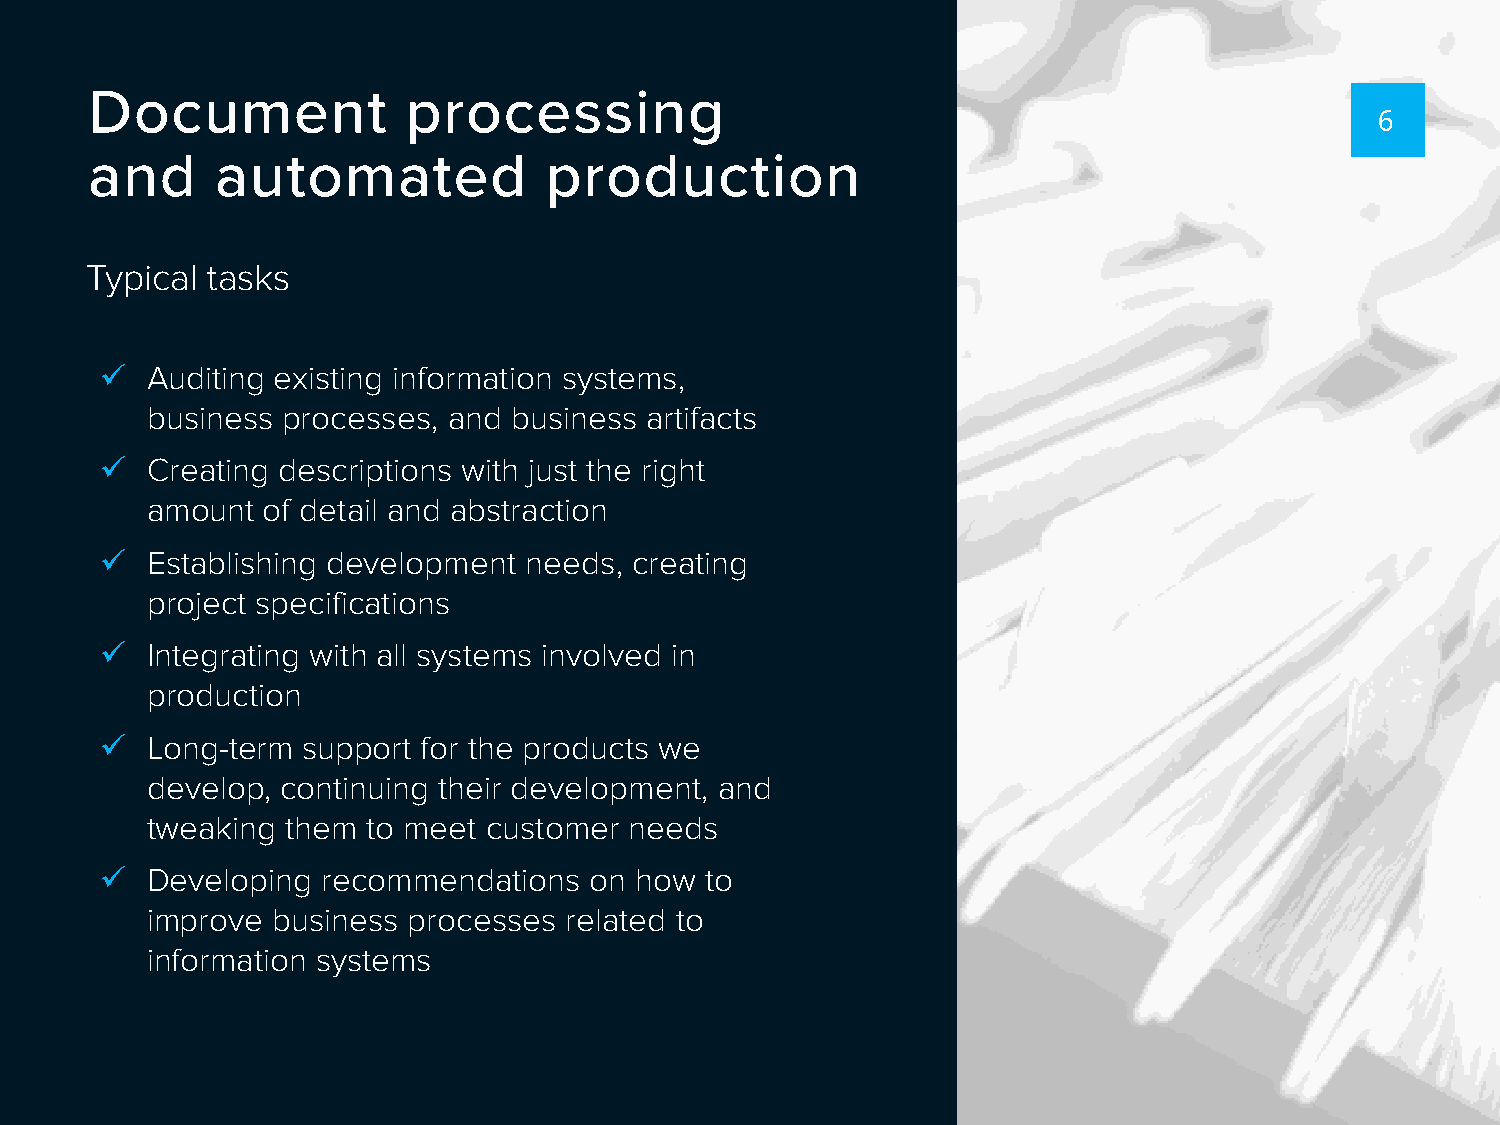
Document             processing
 6
 and     automated             production
 Typical tasks
   Auditing existing information systems,
 business processes, and business artifacts
   Creating descriptions with just the right
 amount of detail and abstraction
   Establishing development needs, creating
 project specifications
   Integrating with all systems involved in
 production
   Long-term support for the products we
 develop, continuing their development, and
 tweaking them to meet customer  needs
   Developing recommendations   on how  to
 improve business processes related to
 information systems